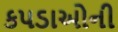
કપડાઓની